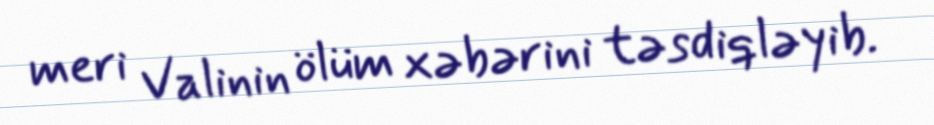
meri Valinin ölüm xəbərini təsdiqləyib.